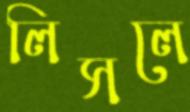
লিসলে